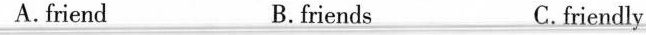
A. friend B. friends C. friendly